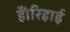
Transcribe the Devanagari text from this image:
हैं।रिहाई